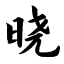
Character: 晓